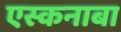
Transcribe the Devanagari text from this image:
एस्कनाबा